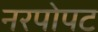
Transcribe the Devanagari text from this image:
नरपोपट